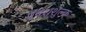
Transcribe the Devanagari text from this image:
प्रवेशशुल्क